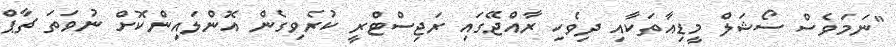
"ނަމަވެސް ސޯޝަލް މީޑިއާތަކާއި ދިވެހި ރާއްޖޭގައި ރަޖިސްޓްރީ ކުރެވިގެން އޮންލައިންކޮށް ނުވަތަ ޗާޕް